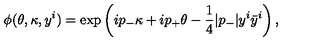
\phi ( \theta , \kappa , y ^ { i } ) = \exp \left( i p _ { - } \kappa + i p _ { + } \theta - \frac { 1 } { 4 } | p _ { - } | y ^ { i } \bar { y } ^ { i } \right) ,